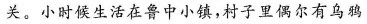
关。小时候生活在鲁中小镇，村子里偶尔有乌鸦